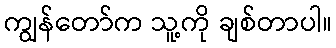
ကျွန်တော်က သူ့ကို ချစ်တာပါ။